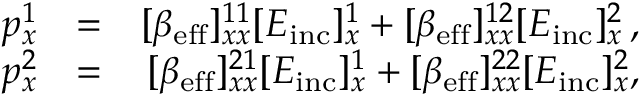
\begin{array} { r l r } { p _ { x } ^ { 1 } } & { = } & { [ \beta _ { \mathrm { e f f } } ] _ { x x } ^ { 1 1 } [ E _ { \mathrm { i n c } } ] _ { x } ^ { 1 } + [ \beta _ { \mathrm { e f f } } ] _ { x x } ^ { 1 2 } [ E _ { \mathrm { i n c } } ] _ { x } ^ { 2 } \, , } \\ { p _ { x } ^ { 2 } } & { = } & { [ \beta _ { \mathrm { e f f } } ] _ { x x } ^ { 2 1 } [ E _ { \mathrm { i n c } } ] _ { x } ^ { 1 } + [ \beta _ { \mathrm { e f f } } ] _ { x x } ^ { 2 2 } [ E _ { \mathrm { i n c } } ] _ { x } ^ { 2 } , } \end{array}